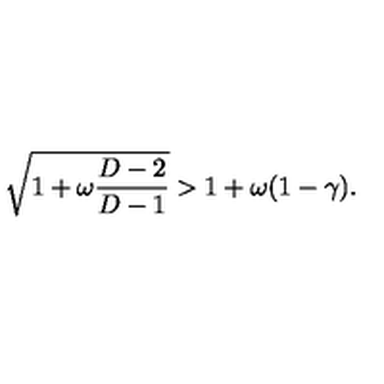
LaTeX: \sqrt { 1 + \omega \frac { D - 2 } { D - 1 } } > 1 + \omega ( 1 - \gamma ) .